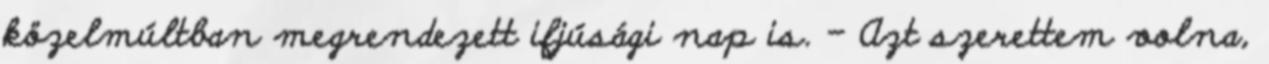
közelmúltban megrendezett ifjúsági nap is. – Azt szerettem volna,